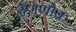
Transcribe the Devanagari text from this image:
देशणोक